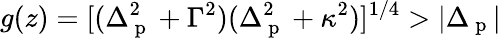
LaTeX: g(z)=[(\Delta_{\mathrm{~p~}}^{2}+\Gamma^{2})(\Delta_{\mathrm{~p~}}^{2}+\kappa^{2})]^{1/4}>|\Delta_{\mathrm{~p~}}|